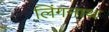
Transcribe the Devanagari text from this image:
लिंगनाथ